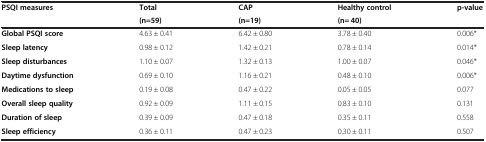
| <ROWSPAN=2> PSQI measures | Total | CAP | Healthy control | <ROWSPAN=2> p-value |
 | (n=59) | (n=19) | (n= 40) |
 | --- | --- | --- | --- | --- |
 | Global PSQI score | 4.63 ± 0.41 | 6.42 ± 0.80 | 3.78 ± 0.40 | 0.006* |
 | Sleep latency | 0.98 ± 0.12 | 1.42 ± 0.21 | 0.78 ± 0.14 | 0.014* |
 | Sleep disturbances | 1.10 ± 0.07 | 1.32 ± 0.13 | 1.00 ± 0.07 | 0.046* |
 | Daytime dysfunction | 0.69 ± 0.10 | 1.16 ± 0.21 | 0.48 ± 0.10 | 0.006* |
 | Medications to sleep | 0.19 ± 0.08 | 0.47 ± 0.22 | 0.05 ± 0.05 | 0.077 |
 | Overall sleep quality | 0.92 ± 0.09 | 1.11 ± 0.15 | 0.83 ± 0.10 | 0.131 |
 | Duration of sleep | 0.39 ± 0.09 | 0.47 ± 0.18 | 0.35 ± 0.11 | 0.558 |
 | Sleep efficiency | 0.36 ± 0.11 | 0.47 ± 0.23 | 0.30 ± 0.11 | 0.507 |